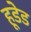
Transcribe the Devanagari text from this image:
हूडेड